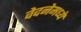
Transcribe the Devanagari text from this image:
वेदनेमध्ये